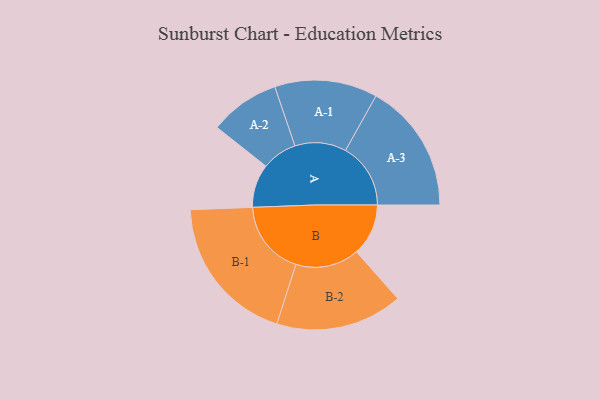
{"axis": {"x": "Segment", "y": "Value"}, "legend": ["", "A", "B"], "data": [{"x": "A", "y": 158, "type": ""}, {"x": "B", "y": 189, "type": ""}, {"x": "A-1", "y": 187, "type": "A"}, {"x": "A-2", "y": 128, "type": "A"}, {"x": "A-3", "y": 237, "type": "A"}, {"x": "B-1", "y": 273, "type": "B"}, {"x": "B-2", "y": 231, "type": "B"}]}